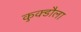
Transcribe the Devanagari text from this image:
कुक्डौला